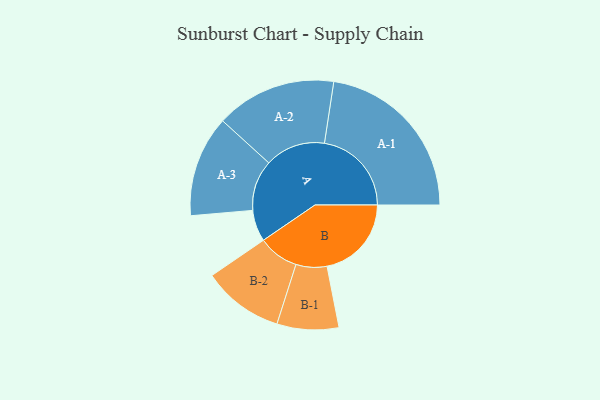
{"axis": {"x": "Segment", "y": "Value"}, "legend": ["", "A", "B"], "data": [{"x": "A", "y": 107, "type": ""}, {"x": "B", "y": 287, "type": ""}, {"x": "A-1", "y": 296, "type": "A"}, {"x": "A-2", "y": 205, "type": "A"}, {"x": "A-3", "y": 172, "type": "A"}, {"x": "B-1", "y": 105, "type": "B"}, {"x": "B-2", "y": 138, "type": "B"}]}